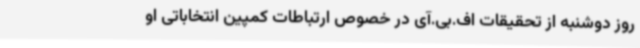
روز دوشنبه از تحقیقات اف.بی.آی در خصوص ارتباطات کمپین انتخاباتی او